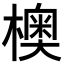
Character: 𪴃